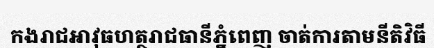
កងរាជអាវុធហត្ថរាជធានីភ្នំពេញ ចាត់ការតាមនីតិវិធី